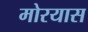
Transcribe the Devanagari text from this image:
मोरयास